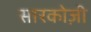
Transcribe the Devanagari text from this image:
सारकोज़ी